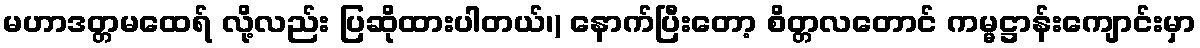
မဟာဒတ္တမထေရ် လို့လည်း ပြဆိုထားပါတယ်၊) နောက်ပြီးတော့ စိတ္တလတောင် ကမ္မဋ္ဌာန်းကျောင်းမှာ